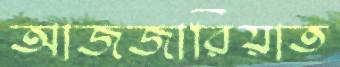
আজজারিয়াত